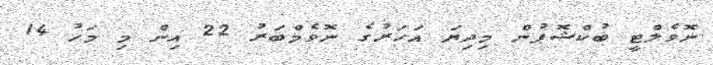
ނޮވެލްޓީ ބުކްޝޮޕުން މިދިޔަ އަހަރުގެ ނޮވެމްބަރު 22 އިން މި މަހު 14